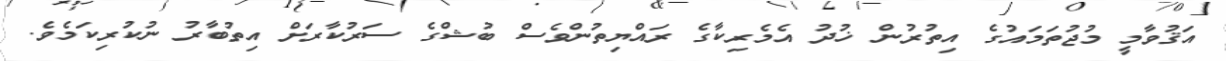
އަޤުވާމީ މުޖުތަމައުގެ އިތުރުން ޚުދު އެމެރިކާގެ ރައްޔިތުންވެސް ބުޝްގެ ސަރުކާރަށް އިތުބާރު ނުކުރިކަމެވެ.